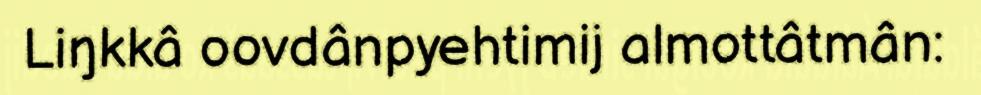
Liŋkkâ oovdânpyehtimij almottâtmân: